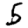
Digit: 5